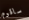
ساقوم